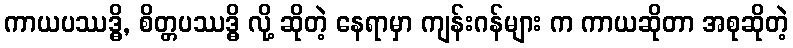
ကာယပဿဒ္ဓိ, စိတ္တပဿဒ္ဓိ လို့ ဆိုတဲ့ နေရာမှာ ကျန်းဂန်များ က ကာယဆိုတာ အစုဆိုတဲ့